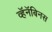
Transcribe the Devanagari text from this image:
व्हॅनॅबिनस